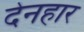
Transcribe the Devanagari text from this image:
देनहार